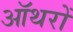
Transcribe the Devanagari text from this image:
ऑथरों